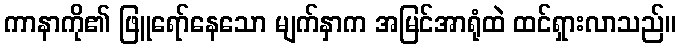
ကာနာကို၏ ဖြူရော်နေသော မျက်နှာက အမြင်အာရုံထဲ ထင်ရှားလာသည်။